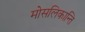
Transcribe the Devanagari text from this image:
मोसलिकान्ति